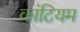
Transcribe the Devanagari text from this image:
कांटियम